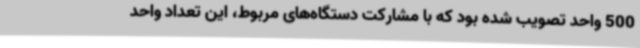
500 واحد تصویب شده بود که با مشارکت دستگاه‌های مربوط، این تعداد واحد